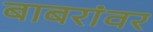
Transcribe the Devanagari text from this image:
बाबरांवर